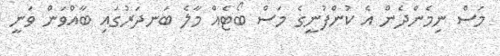
މަސް ނިމެންދެން އެ ކުންފުނީގެ މަސް ބޯޓެއް މާލެ ބަނދަރުގައި ބާއްވަން ވަނީ